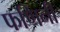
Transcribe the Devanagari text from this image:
फणिनी